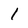
Character: 1